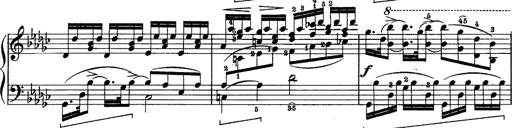
Title: Schubert's Impromptus [revised and edited by Franz Liszt]
Composer: Franz Liszt